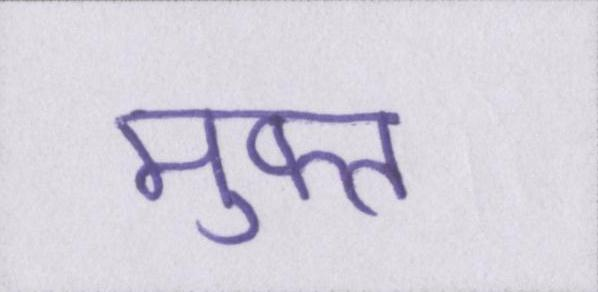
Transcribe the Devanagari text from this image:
मुफ्त